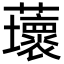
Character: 蘾